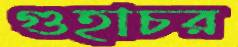
গুহাচর